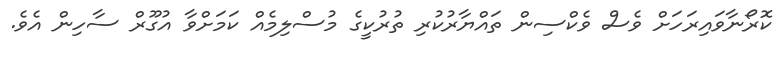
ކޮރޯނާވައިރަހަށް ވެސް ވެކްސިން ތައްޔާރުކުރި ތުރުކީގެ މުސްލިމެއް ކަމަށްވާ އުގޫރް ސާހިން އެވެ.